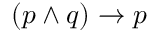
( p \land q ) \to p